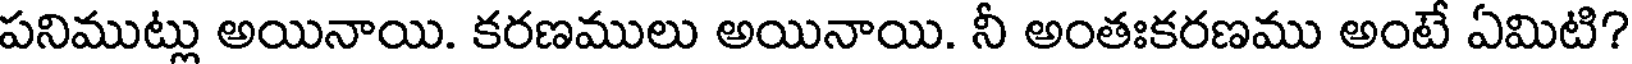
పనిముట్లు అయినాయి. కరణములు అయినాయి. నీ అంతఃకరణము అంటే ఏమిటి?